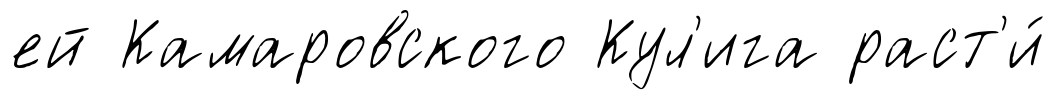
ей Камаровского Кул'ига раст'и́